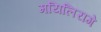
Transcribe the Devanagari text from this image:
मयिलिरागे